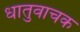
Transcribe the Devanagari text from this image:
धातुवाचक